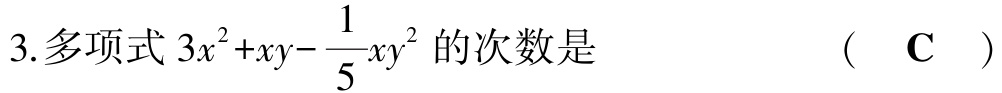
3.多项式\(3x^{2}+xy-\frac{1}{5}xy^{2}\)的次数是  （  C  ）